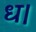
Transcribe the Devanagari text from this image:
ध।